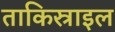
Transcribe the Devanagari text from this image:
ताकिस्राइल